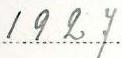
1927